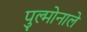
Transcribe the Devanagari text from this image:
पुल्मोनाले